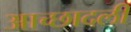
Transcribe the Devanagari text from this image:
आच्छादली